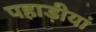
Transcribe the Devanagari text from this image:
पहाड़ीयां